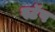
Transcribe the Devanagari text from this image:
स्टॅप